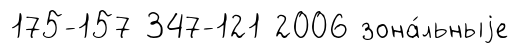
175-157 347-121 2006 зона́льныjе